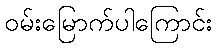
ဝမ်းမြောက်ပါကြောင်း